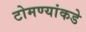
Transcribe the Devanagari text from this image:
टोमण्यांकडे